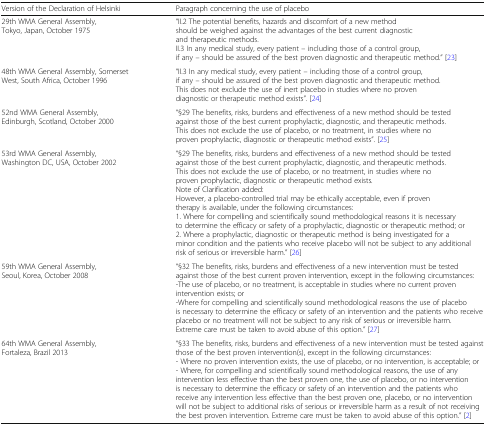
<table><thead><tr><td><b>Version of the Declaration of Helsinki</b></td><td><b>Paragraph concerning the use of placebo</b></td></tr></thead><tbody><tr><td>29th WMA General Assembly, Tokyo, Japan, October 1975</td><td>“II.2 The potential benefits, hazards and discomfort of a new method should be weighed against the advantages of the best current diagnostic and therapeutic methods.II.3 In any medical study, every patient – including those of a control group, if any – should be assured of the best proven diagnostic and therapeutic method.” [23]</td></tr><tr><td>48th WMA General Assembly, Somerset West, South Africa, October 1996</td><td>“II.3 In any medical study, every patient – including those of a control group, if any – should be assured of the best proven diagnostic and therapeutic method. This does not exclude the use of inert placebo in studies where no proven diagnostic or therapeutic method exists”<i>.</i> [24]</td></tr><tr><td>52nd WMA General Assembly, Edinburgh, Scotland, October 2000</td><td>“§29 The benefits, risks, burdens and effectiveness of a new method should be tested against those of the best current prophylactic, diagnostic, and therapeutic methods. This does not exclude the use of placebo, or no treatment, in studies where no proven prophylactic, diagnostic or therapeutic method exists”<i>.</i> [25]</td></tr><tr><td>53rd WMA General Assembly, Washington DC, USA, October 2002</td><td>“§29 The benefits, risks, burdens and effectiveness of a new method should be tested against those of the best current prophylactic, diagnostic, and therapeutic methods. This does not exclude the use of placebo, or no treatment, in studies where no proven prophylactic, diagnostic or therapeutic method exists<i>.</i>Note of Clarification added:However, a placebo-controlled trial may be ethically acceptable, even if proven therapy is available, under the following circumstances:1. Where for compelling and scientifically sound methodological reasons it is necessary to determine the efficacy or safety of a prophylactic, diagnostic or therapeutic method; or2. Where a prophylactic, diagnostic or therapeutic method is being investigated for a minor condition and the patients who receive placebo will not be subject to any additional risk of serious or irreversible harm.” [26]</td></tr><tr><td>59th WMA General Assembly, Seoul, Korea, October 2008</td><td>“§32 The benefits, risks, burdens and effectiveness of a new intervention must be tested against those of the best current proven intervention, except in the following circumstances:-The use of placebo, or no treatment, is acceptable in studies where no current proven intervention exists; or-Where for compelling and scientifically sound methodological reasons the use of placebo is necessary to determine the efficacy or safety of an intervention and the patients who receive placebo or no treatment will not be subject to any risk of serious or irreversible harm. Extreme care must be taken to avoid abuse of this option.” [27]</td></tr><tr><td>64th WMA General Assembly, Fortaleza, Brazil 2013</td><td>“§33 The benefits, risks, burdens and effectiveness of a new intervention must be tested against those of the best proven intervention(s), except in the following circumstances:- Where no proven intervention exists, the use of placebo, or no intervention, is acceptable; or- Where, for compelling and scientifically sound methodological reasons, the use of any intervention less effective than the best proven one, the use of placebo, or no intervention is necessary to determine the efficacy or safety of an intervention and the patients who receive any intervention less effective than the best proven one, placebo, or no intervention will not be subject to additional risks of serious or irreversible harm as a result of not receiving the best proven intervention. Extreme care must be taken to avoid abuse of this option.” [2]</td></tr></tbody></table>